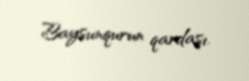
Baysunqurun qardaşı.